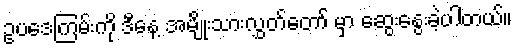
ဥပဒေကြမ်းကို ဒီနေ့ အမျိုးသားလွှတ်တော် မှာ ဆွေးနွေးခဲ့ပါတယ်။